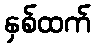
နှစ်ထက်